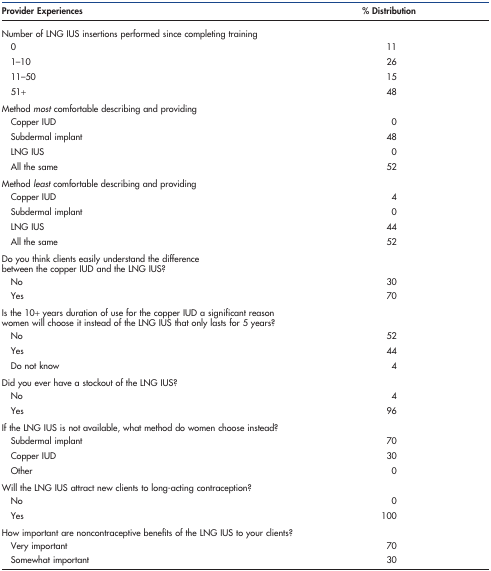
<table><thead><tr><td><b>Provider Experiences</b></td><td><b>% Distribution</b></td></tr></thead><tbody><tr><td colspan="2">Number of LNG IUS insertions performed since completing training</td></tr><tr><td> 0</td><td>11</td></tr><tr><td> 1–10</td><td>26</td></tr><tr><td> 11–50</td><td>15</td></tr><tr><td> 51+</td><td>48</td></tr><tr><td colspan="2">Method <i>most</i> comfortable describing and providing</td></tr><tr><td> Copper IUD</td><td>0</td></tr><tr><td> Subdermal implant</td><td>48</td></tr><tr><td> LNG IUS</td><td>0</td></tr><tr><td> All the same</td><td>52</td></tr><tr><td colspan="2">Method <i>least</i> comfortable describing and providing</td></tr><tr><td> Copper IUD</td><td>4</td></tr><tr><td> Subdermal implant</td><td>0</td></tr><tr><td> LNG IUS</td><td>44</td></tr><tr><td> All the same</td><td>52</td></tr><tr><td colspan="2">Do you think clients easily understand the difference between the copper IUD and the LNG IUS?</td></tr><tr><td> No</td><td>30</td></tr><tr><td> Yes</td><td>70</td></tr><tr><td colspan="2">Is the 10+ years duration of use for the copper IUD a significant reason women will choose it instead of the LNG IUS that only lasts for 5 years?</td></tr><tr><td> No</td><td>52</td></tr><tr><td> Yes</td><td>44</td></tr><tr><td> Do not know</td><td>4</td></tr><tr><td colspan="2">Did you ever have a stockout of the LNG IUS?</td></tr><tr><td> No</td><td>4</td></tr><tr><td> Yes</td><td>96</td></tr><tr><td colspan="2">If the LNG IUS is not available, what method do women choose instead?</td></tr><tr><td> Subdermal implant</td><td>70</td></tr><tr><td> Copper IUD</td><td>30</td></tr><tr><td> Other</td><td>0</td></tr><tr><td colspan="2">Will the LNG IUS attract new clients to long-acting contraception?</td></tr><tr><td> No</td><td>0</td></tr><tr><td> Yes</td><td>100</td></tr><tr><td colspan="2">How important are noncontraceptive benefits of the LNG IUS to your clients?</td></tr><tr><td> Very important</td><td>70</td></tr><tr><td> Somewhat important</td><td>30</td></tr></tbody></table>